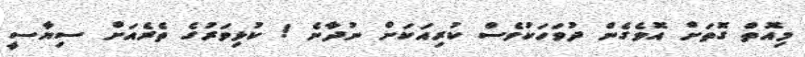
މިއޮތް ގޮތަށް އޮވެގެން ދުވަހަކުވެސް ކުރިއަކަށް ނުދާނެ ! ކުޅިވަރުގެ ތެރެއަށް ސިޔާސީ